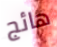
هائج